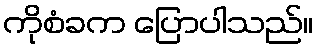
ကိုစံခက ပြောပါသည်။